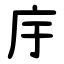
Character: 㡰